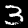
Label: 3